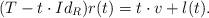
LaTeX: \begin{align*}(T-t\cdot Id_{R})r(t)=t\cdot v+l(t).\end{align*}